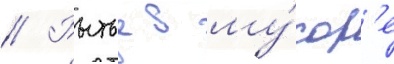
// Рытье в му́сор'е